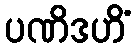
ပဏိဒဟိံ